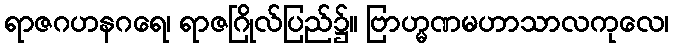
ရာဇဂဟနဂရေ၊ ရာဇဂြိုလ်ပြည်၌။ ဗြာဟ္မဏမဟာသာလကုလေ၊